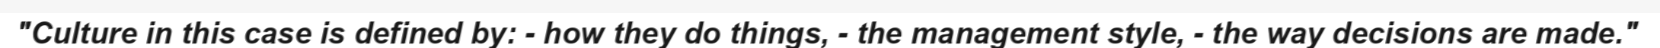
"Culture in this case is defined by: - how they do things, - the management style, - the way decisions are made."